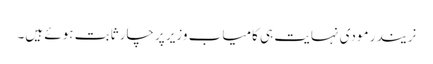
نریندر مودی نہایت ہی کامیاب وزیرِ پرچار ثابت ہوئے ہیں۔